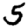
Digit: 5